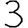
Digit: 3